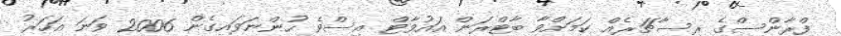
ފްރާންސްގެ ރިސާޗަރެއް ކަމަށްވާ ބާޓްރަން އައުވާޓް އިސްވެ ހުންނަވައިގެން 2006 ވަނަ އަހަރު